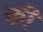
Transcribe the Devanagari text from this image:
की